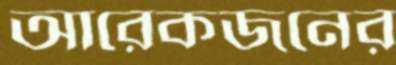
আরেকজনের